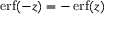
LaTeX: \operatorname { e r f } ( - z ) = - \operatorname { e r f } ( z )